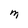
Character: M